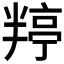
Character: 𭁙